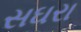
સઘરા